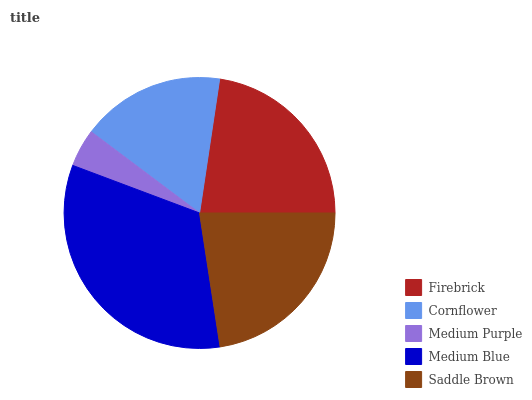
| Firebrick | Cornflower | Medium Purple | Medium Blue | Saddle Brown |
 | --- | --- | --- | --- | --- |
 | 22.6% | 17.2% | 4.52% | 33.1% | 22.6% |